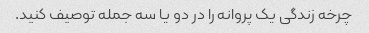
چرخه زندگی یک پروانه را در دو یا سه جمله توصیف کنید.